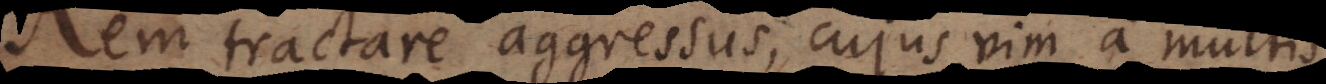
em tractare aggressus, cujus vim a multis